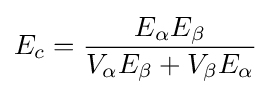
E_{c}={\frac {E_{\alpha }E_{\beta }}{V_{\alpha }E_{\beta }+V_{\beta }E_{\alpha }}}